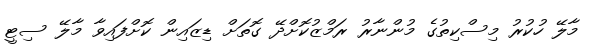
މާލޭ ހުކުރު މިސްކިތުގެ މުންނާރު ރަމްޒުކޮށްދޭ ގޮތަށް ޑިޒައިން ކޮށްފައިވާ މާލޭ ސިޓީ